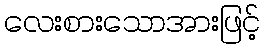
လေးစားသောအားဖြင့်